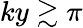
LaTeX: ky\gtrsim\pi